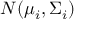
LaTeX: N ( \mu _ { i } , \Sigma _ { i } )